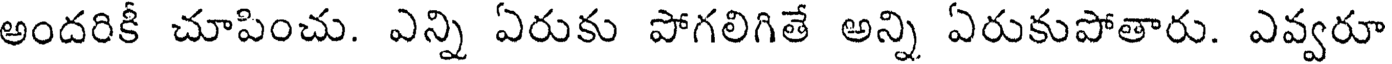
అందరికీ చూపించు. ఎన్ని ఏరుకు పోగలిగితే అన్ని ఏరుకుపోతారు. ఎవ్వరూ